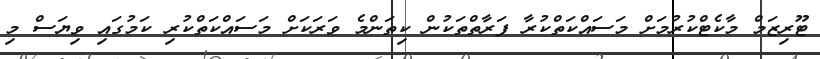
ޓޫރިޒަމް މާކެޓްކުރުމަށް މަސައްކަތްކުރާ ފަރާތްތަކުން ކިތަންމެ ވަރަކަށް މަސައްކަތްކުރި ކަމުގައި ވިޔަސް މި